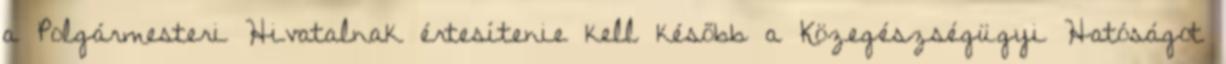
a Polgármesteri Hivatalnak értesítenie kell később a Közegészségügyi Hatóságot